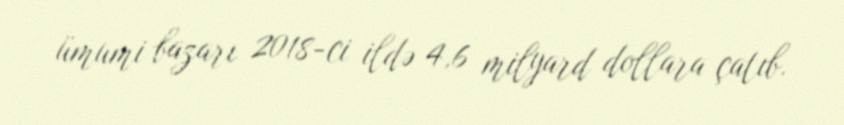
ümumi bazarı 2018-ci ildə 4,6 milyard dollara çatıb.